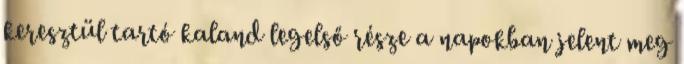
keresztül tartó kaland legelső része a napokban jelent meg